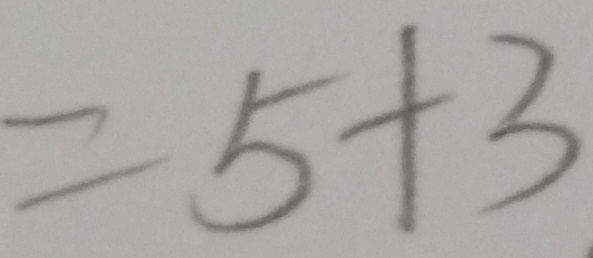
= 5 + 3